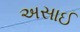
અસાઈ